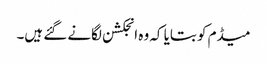
میڈم کو بتایا کہ وہ انجکشن لگانے گئے ہیں۔